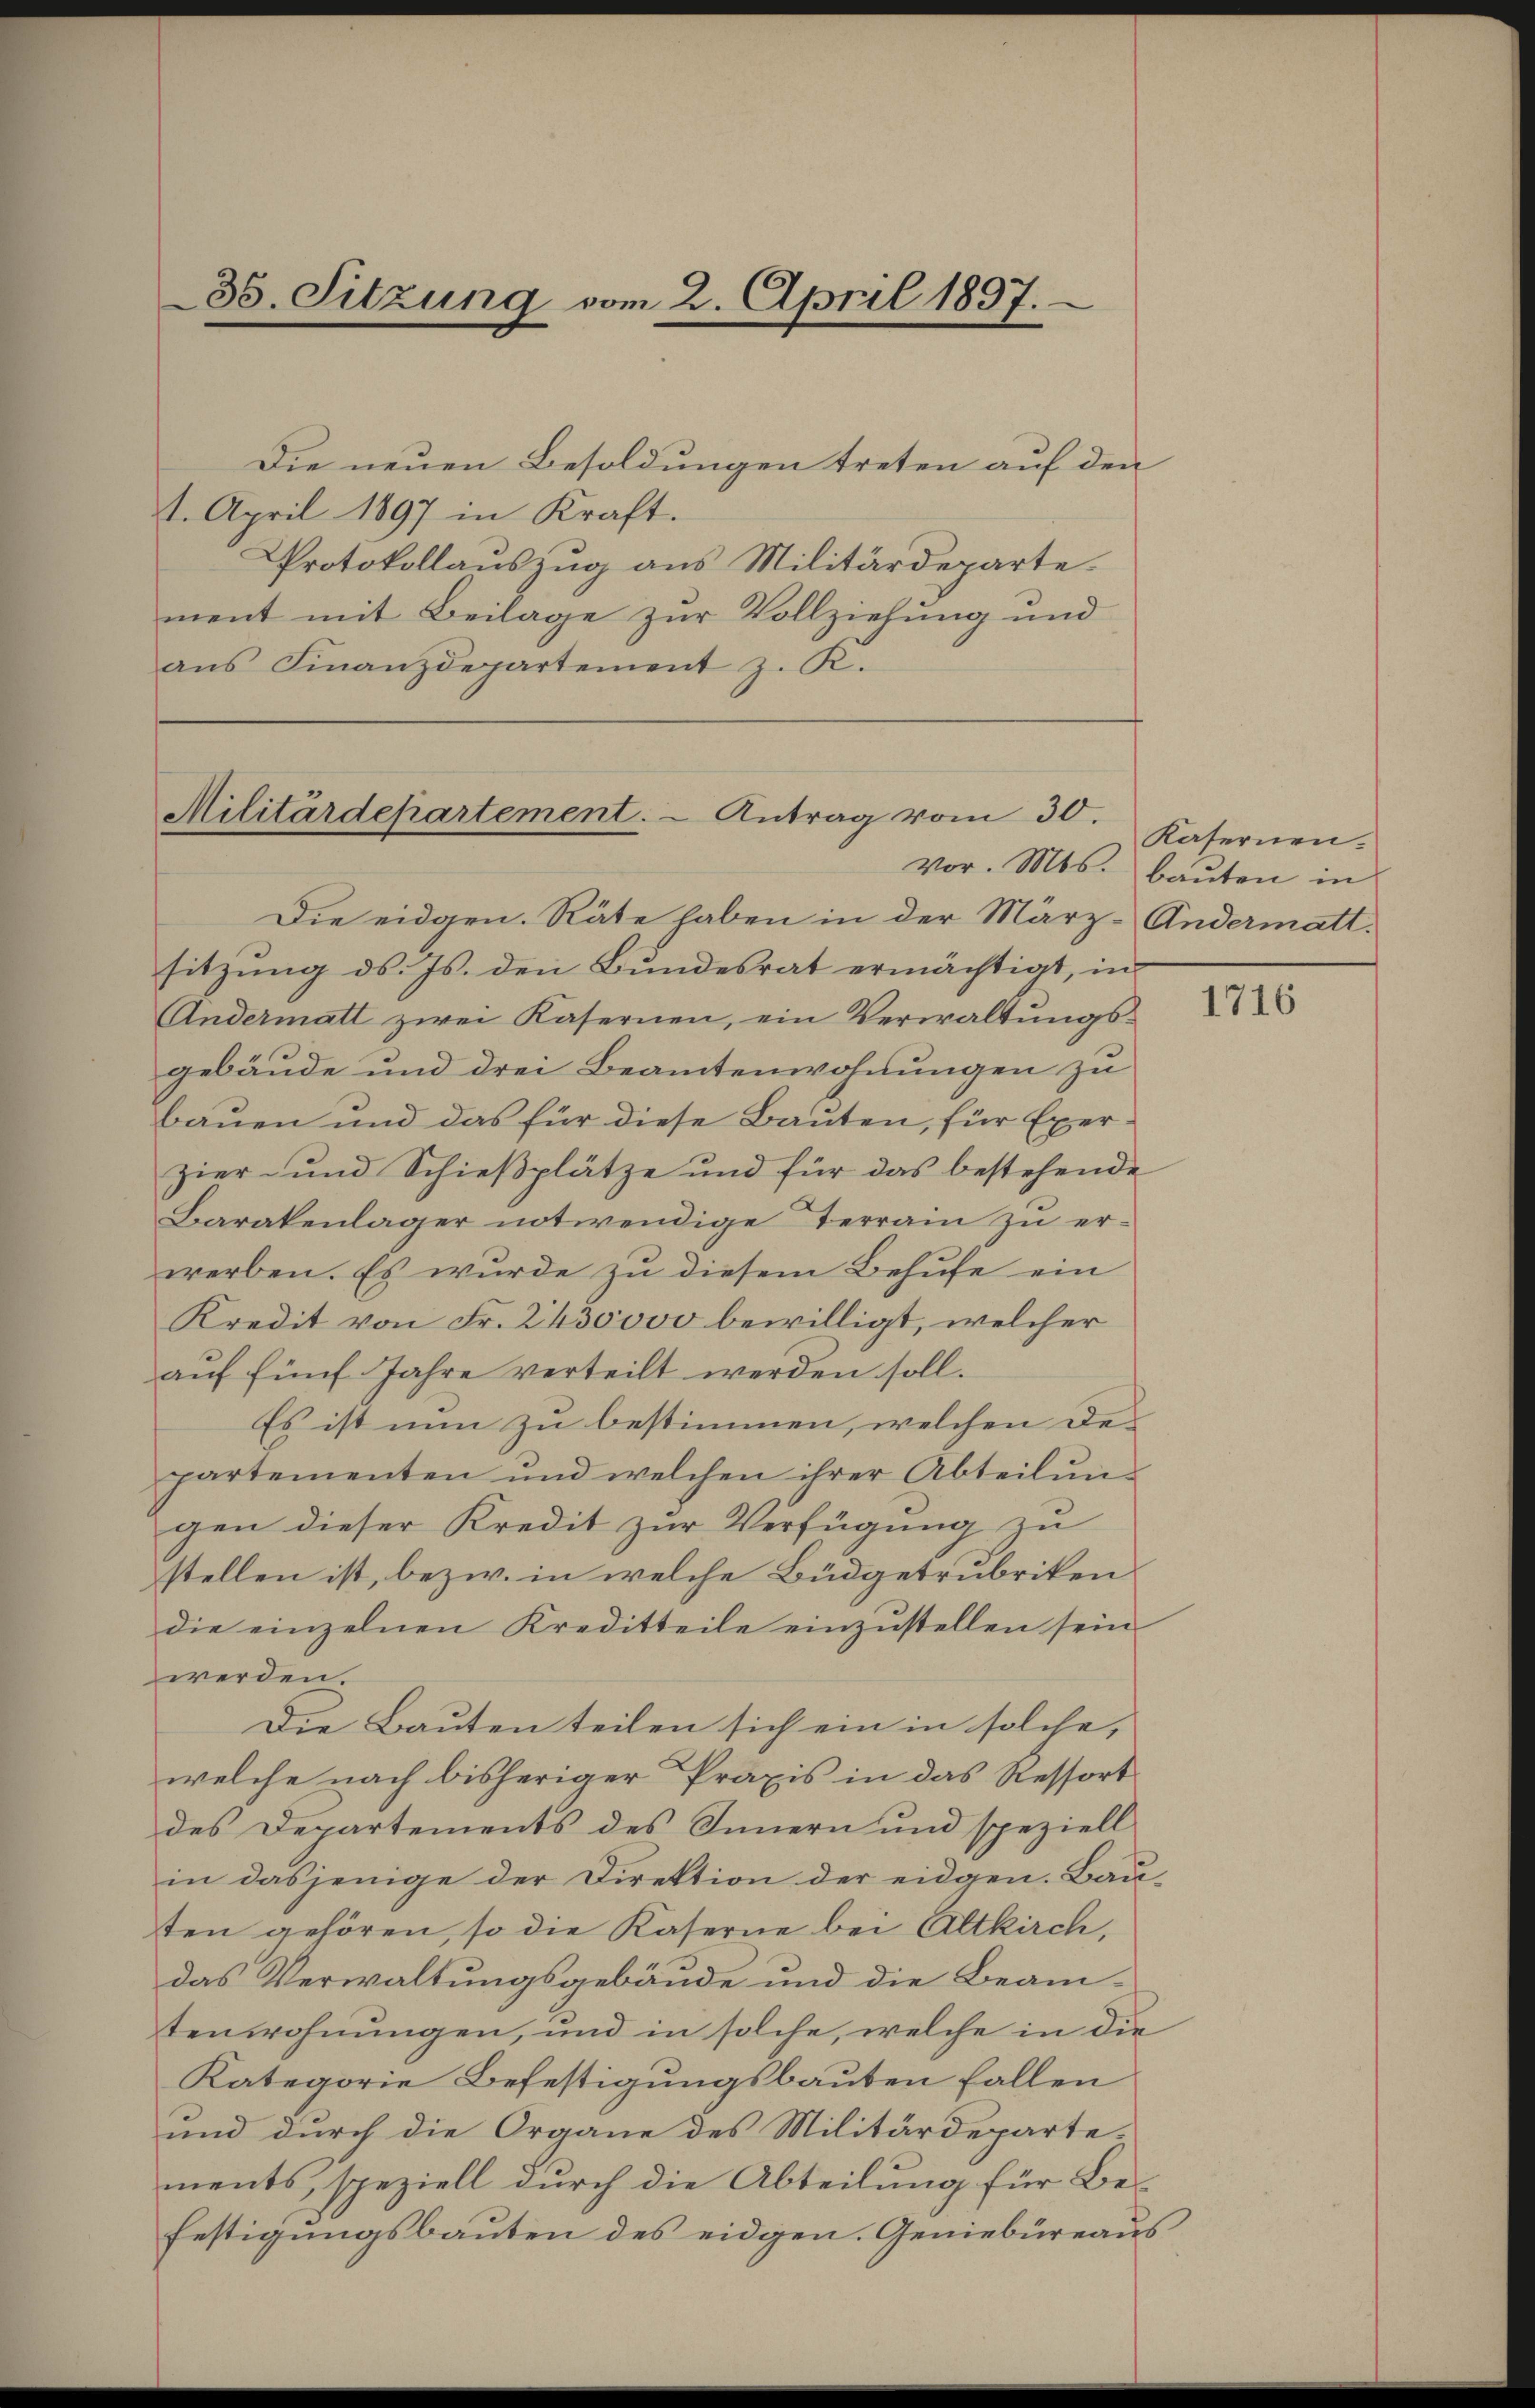
35. Sitzung vom 2. April 1897.

Die neuen Besoldungen treten auf den
1. April 1897 in Kraft.
Protokollauszug aus Militärdeparte.
ment mit Beilage zur Vollziehung und
ans Finanzdepartement z. K.

Militärdepartement. - Antrag vom 30.
vor. Mts. bauten in

Die eidgen. Räte haben in der März- Andermatt.
sitzung d. Js. den Bundesrat ermächtigt, in
Andermatt zwei Kasernen, ein Verwaltŭngs-
gebäude und drei Beamtenwohnungen zu
bauen und das für diese Bauten, für Exerzier- und Schieβplätze und für das bestehende
Barakenlager notwendige Terrain zu er-
werben. Es wurde zu diesem Behufe ein
Kredit von Fr. 2430000 bewilligt, welcher
auf fünf Jahre verteilt werden soll.
Es ist nun zu bestimmen, welchen Departementen und welchen ihrer Abteilŭng
gen dieser Kredit zur Verfügung zu
stellen ist, bezw. in welche Büdgetrubriken
die einzelnen Kreditteile einzustellen sein
werden.
Die Bauten teilen sich ein in solche,
welche nach bisheriger Praxis in das Ressort
des Departements des Innern und speziell
in dasjenige der Direktion der eidgen. Bau-
ten gehören, so die Kaserne bei Altkirch,
das Verwaltungsgebäude und die Beamtenwohnungen, und in solche, welche in die
Kategorie Befestigungsbauten Fallen
und durch die Organe des Militärdeparte-
ments, speziell durch die Abteilung für Be-
festigungsbauten des eidgen. Geniebüreaus

Kafernen.

1716